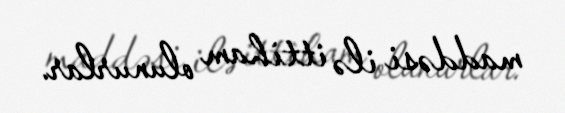
maddəsi ilə ittiham olunurlar.